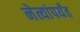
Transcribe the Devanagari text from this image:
नेत्यांपर्यंत